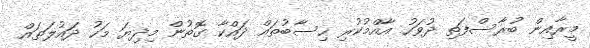
މީރާއިން ބުރާސްފަތި ދުވަހު އާއްމުކުރި ހިސާބުތައް ދައްކާ ގޮތުން މިދިޔަ މަހު ދައުލަތައް